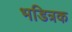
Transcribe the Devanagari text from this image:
भडित्रक